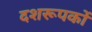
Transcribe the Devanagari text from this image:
दशरूपकों